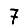
Digit: 7